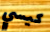
كيسي